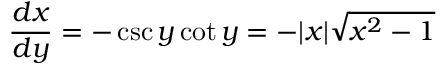
{ \frac { d x } { d y } } = - \csc y \cot y = - | x | { \sqrt { x ^ { 2 } - 1 } }